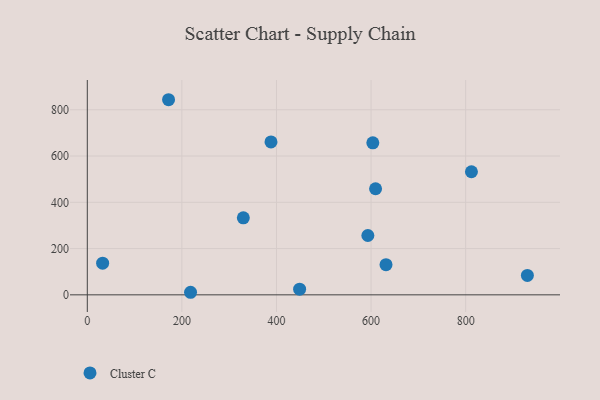
{"axis": {"x": "Experience", "y": "Exam Score"}, "legend": ["Cluster C"], "data": [{"x": "593.2", "y": 256.6, "type": "Cluster C"}, {"x": "329.9", "y": 332.7, "type": "Cluster C"}, {"x": "218.3", "y": 11.1, "type": "Cluster C"}, {"x": "171.8", "y": 843.4, "type": "Cluster C"}, {"x": "448.9", "y": 24.6, "type": "Cluster C"}, {"x": "930.5", "y": 83.9, "type": "Cluster C"}, {"x": "609.5", "y": 458.5, "type": "Cluster C"}, {"x": "388.4", "y": 660.9, "type": "Cluster C"}, {"x": "812.2", "y": 532.1, "type": "Cluster C"}, {"x": "631.6", "y": 130.5, "type": "Cluster C"}, {"x": "603.7", "y": 657.0, "type": "Cluster C"}, {"x": "32.4", "y": 137.1, "type": "Cluster C"}]}